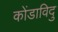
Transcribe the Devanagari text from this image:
कोंडाविदु